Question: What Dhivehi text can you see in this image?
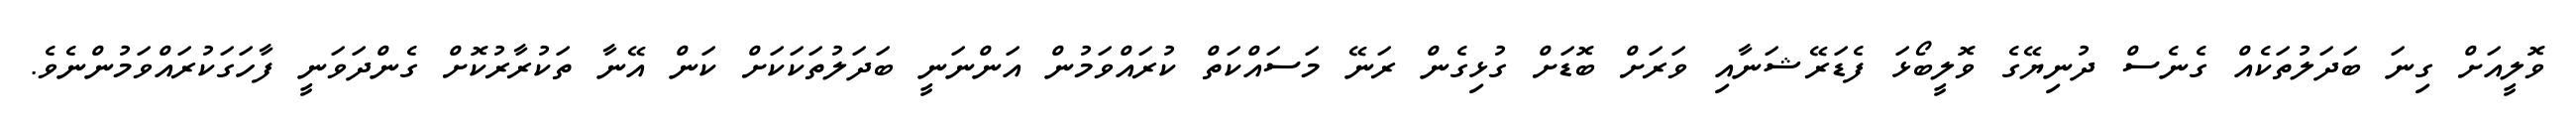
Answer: ވޮލީއަށް ގިނަ ބަދަލުތަކެއް ގެނެސް ދުނިޔޭގެ ވޮލީބޯޅަ ފެޑަރޭޝަނާއި ވަރަށް ބޮޑަށް ގުޅިގެން ރަނޭ މަސައްކަތް ކުރައްވަމުން އަންނަނީ ބަދަލުތަކަކަށް ކަން އޭނާ ތަކުރާރުކޮށް ގެންދަވަނީ ފާހަގަކުރައްވަމުންނެވެ.